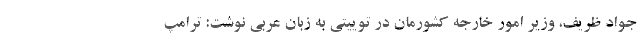
جواد ظریف، وزیر امور خارجه کشورمان در توییتی به زبان عربی نوشت: ترامپ